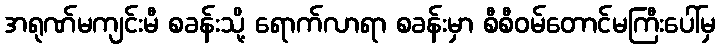
အရုဏ်မကျင်းမီ စခန်းသို့ ရောက်လာရာ စခန်းမှာ စီစီဝမ်တောင်မကြီးပေါ်မှ